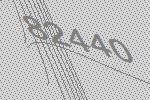
82440